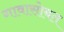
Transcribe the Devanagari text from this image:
गावासोबत